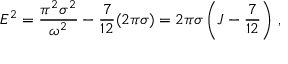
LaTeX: E ^ { 2 } = \frac { \pi ^ { 2 } \sigma ^ { 2 } } { \omega ^ { 2 } } - \frac { 7 } { 1 2 } ( 2 \pi \sigma ) = 2 \pi \sigma \left( J - \frac { 7 } { 1 2 } \right) \, ,